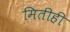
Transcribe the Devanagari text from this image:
मितीही